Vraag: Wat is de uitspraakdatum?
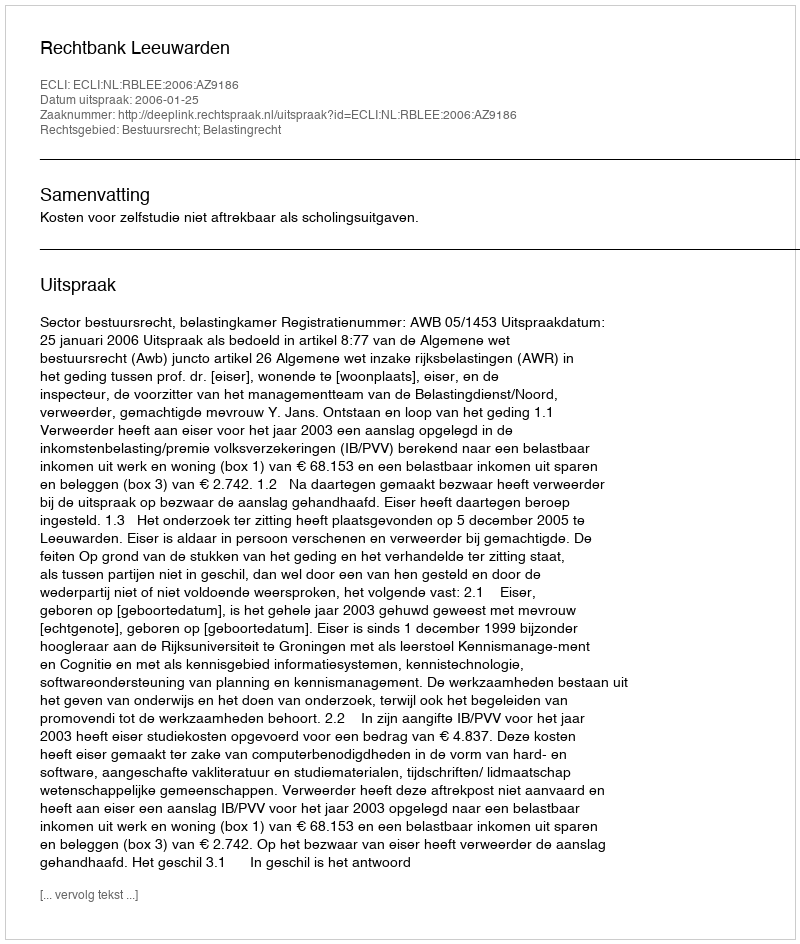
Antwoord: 2006-01-25